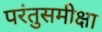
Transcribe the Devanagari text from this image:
परंतुसमीक्षा